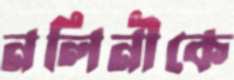
নলিনীকে